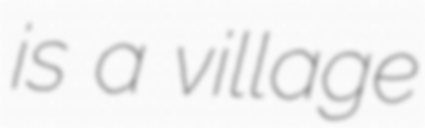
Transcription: is a village